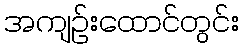
အကျဉ်းထောင်တွင်း